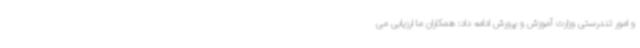
و امور تندرستی وزارت آموزش و پرورش ادامه داد: همکاران ما ارزیابی می